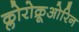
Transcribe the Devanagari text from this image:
क्लोरोक्रूओरिन